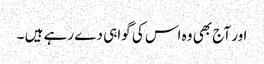
اور آج بھی وہ اس کی گواہی دے رہے ہیں ۔